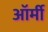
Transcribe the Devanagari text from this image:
ऑर्मी